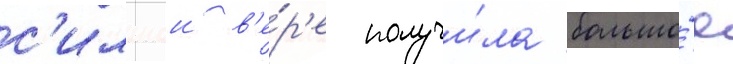
с'ильнои в'е́р'е получи́ла большо́е